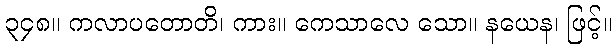
၃၄၈။ ကလာပတောတိ၊ ကား။ ကေသာလေ သော။ နယေန၊ ဖြင့်။